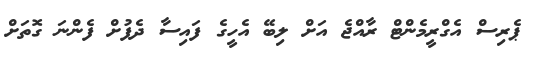
ޕެރިސް އެގްރީމެންޓް ރާއްޖެ އަށް ލިބޭ އެހީގެ ފައިސާ ދެފުށް ފެންނަ ގޮތަށް